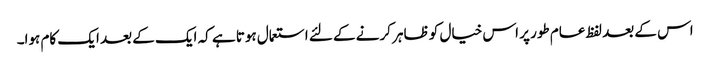
اس کے بعد لفظ عام طور پر اس خیال کو ظاہر کرنے کے لئے استعمال ہوتا ہے کہ ایک کے بعد ایک کام ہوا۔